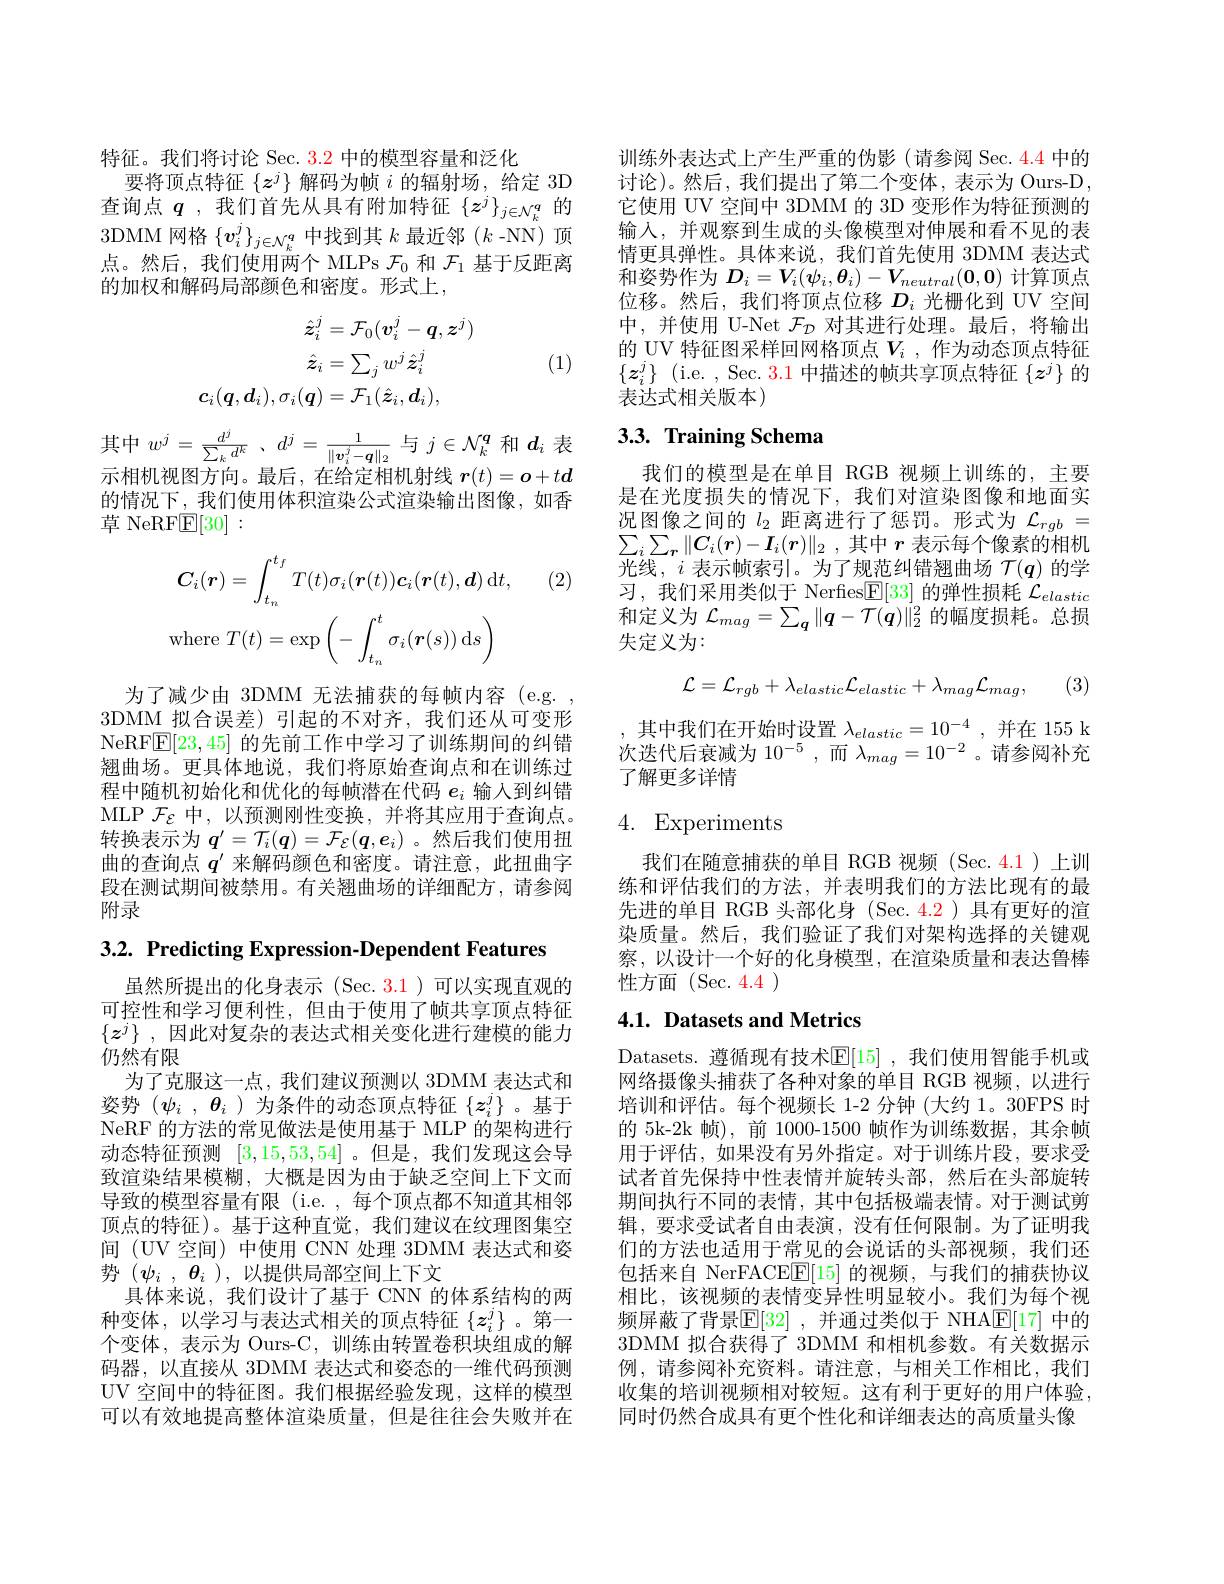
特征。我们将讨论 Sec. 3.2 中的模型容量和泛化
要将顶点特征$\{z^j\}$解码为帧$i$的辐射场，给定 3D 查询点$q$ ,我们首先从具有附加特征$\{z^j\}_{j\in\mathcal{N}_k^q}$的3DMM 网格$\{\boldsymbol v_i^j\}_{j\in\mathcal{N}_k^q}$中找到其$k$最近邻($k$ -NN)顶点。然后，我们使用两个 MLPs $\mathcal{F}_0$和$\mathcal{F}_1$基于反距离的加权和解码局部颜色和密度。形式上，
$$\hat{\boldsymbol{z}}_{i}^{j}=\mathcal{F}_{0}(\boldsymbol{v}_{i}^{j}-\boldsymbol{q},\boldsymbol{z}^{j})\\\hat{\boldsymbol{z}}_{i}=\sum_{j}w^{j}\hat{\boldsymbol{z}}_{i}^{j}\\c_{i}(\boldsymbol{q},\boldsymbol{d}_{i}),\sigma_{i}(\boldsymbol{q})=\mathcal{F}_{1}(\hat{\boldsymbol{z}}_{i},\boldsymbol{d}_{i}),$$
(1)

示相机视图方向。最后，在给定相机射线$\boldsymbol{r}(t)=\boldsymbol{o}+t\boldsymbol{d}$

的情况下，我们使用体积渲染公式渲染输出图像，如香
草 NeRF$\mathbb{E}[30]:$

(2)
$$\boldsymbol C_i(\boldsymbol r)=\int_{t_n}^{t_f}T(t)\sigma_i(\boldsymbol r(t))\boldsymbol c_i(\boldsymbol r(t),\boldsymbol d)\:\mathrm dt,$$
$$\mathrm{where}\:T(t)=\exp\left(-\int_{t_n}^t\sigma_i(\boldsymbol{r}(s))\:\mathrm{d}s\right)$$
为了减少由 3DMM 无法捕获的每帧内容 (e.g. 3DMM 拟合误差)引起的不对齐，我们还从可变形NeRF$\mathbb{E}[23,45]$的先前工作中学习了训练期间的纠错翘曲场。更具体地说，我们将原始查询点和在训练过程中随机初始化和优化的每帧潜在代码$e_i$输入到纠错MLP $\mathcal{F}_{\mathcal{E}}$中，以预测刚性变换，并将其应用于查询点。转换表示为$q^\prime=\mathcal{T}_i(\boldsymbol{q})=\mathcal{F}_{\mathcal{E}}(\boldsymbol{q},\boldsymbol{e}_i)$ 。然后我们使用扭曲的查询点$q^{\prime}$来解码颜色和密度。请注意，此扭曲字段在测试期间被禁用。有关翘曲场的详细配方，请参阅附录

3.2. Predicting Expression-Dependent Features

虽然所提出的化身表示(Sec.3.1)可以实现直观的可控性和学习便利性，但由于使用了帧共享顶点特征$\{z^j\}$ ,因此对复杂的表达式相关变化进行建模的能力仍然有限
为了克服这一点，我们建议预测以 3DMM 表达式和姿势($\psi _i$ , $\theta _i$ )为条件的动态顶点特征$\{z_i^j\}$ 。基于NeRF 的方法的常见做法是使用基于 MLP 的架构进行动态特征预测[3,15,53,54] 。但是，我们发现这会导致渲染结果模糊，大概是因为由于缺乏空间上下文而导致的模型容量有限 (i.e. , 每个顶点都不知道其相邻顶点的特征)。基于这种直觉，我们建议在纹理图集空间 (UV 空间) 中使用 CNN 处理 3DMM 表达式和姿势$( \psi _i$ , $\theta _i$ ),以提供局部空间上下文
具体来说，我们设计了基于 CNN 的体系结构的两种变体，以学习与表达式相关的顶点特征$\{z_i^j\}$。第一个变体，表示为 Ours-C, 训练由转置卷积块组成的解码器，以直接从 3DMM 表达式和姿态的一维代码预测UV 空间中的特征图。我们根据经验发现，这样的模型可以有效地提高整体渲染质量，但是往往会失败并在

训练外表达式上产生严重的伪影 (请参阅 Sec. 4.4 中的讨论)。然后，我们提出了第二个变体，表示为 Ours-D, 它使用 UV 空间中 3DMM 的 3D 变形作为特征预测的输入，并观察到生成的头像模型对伸展和看不见的表情更具弹性。具体来说，我们首先使用 3DMM 表达式和姿势作为$D_i=V_i(\psi_i,\boldsymbol{\theta}_i)-V_{neutral}(\mathbf{0},\mathbf{0})$计算顶点位移。然后，我们将顶点位移$D_i$光栅化到 UV 空间中，并使用 U-Net $\mathcal{F}_\mathcal{D}$对其进行处理。最后，将输出的 UV 特征图采样回网格顶点$V_i$ ,作为动态顶点特征$\{z_i^j\}$ (i.e. , Sec. 3.1 中描述的帧共享顶点特征$\{z^j\}$的表达式相关版本)

# 其中$w^j=\frac{d^j}{\sum_kd^k}$、$d^j=\frac1{\|\boldsymbol{v}_i^j-\boldsymbol{q}\|_2}$与$j\in\mathcal{N}_k^q$ 和$d_i$ 表 3.3. Training Schema 示相机视图方向 是后 在岭宁胡机射线 $x(t)=o+td$ 我们的模型是在单目

我们的模型是在单目 RGB 视频上训练的，主要是在光度损失的情况下，我们对渲染图像和地面实况图像之间的$l_2$距离进行了惩罚。形式为$\mathcal{L}_rgb=$ $\sum _i\sum _r\| C_i( r) - \boldsymbol{I}_i( \boldsymbol{r}) \| _2$ ,其中$r$表示每个像素的相机光线，$i$表示帧索引。为了规范纠错翘曲场$\mathcal{T}(q)$的学习，我们采用类似于 Nerfies$\mathbb{E}[33]$的弹性损耗$\mathcal{L}_elastic$ 和定义为$\mathcal{L}_mag=\sum_{\boldsymbol{q}}\|\boldsymbol{q}-\mathcal{T}(\boldsymbol{q})\|_{2}^{2}$的幅度损耗。总损失定义为：

(3)
$$\mathcal{L}=\mathcal{L}_{rgb}+\lambda_{elastic}\mathcal{L}_{elastic}+\lambda_{mag}\mathcal{L}_{mag},$$
,其中我们在开始时设置$\lambda_elastic=10^{-4}$,并在 155 k 次迭代后衰减为$10^{-5}$,而$\lambda_mag=10^{-2}$ 。请参阅补充了解更多详情

# 4. Experiments

我们在随意捕获的单目 RGB 视频(Sec.4.1)上训练和评估我们的方法，并表明我们的方法比现有的最先进的单目 RGB 头部化身 (Sec. 4.2) 具有更好的渲染质量。然后，我们验证了我们对架构选择的关键观察，以设计一个好的化身模型，在渲染质量和表达鲁棒性方面(Sec.4.4)

## 4.1. Datasets and Metrics

Datasets. 遵循现有技术$\mathbb{E}[15]$ ,我们使用智能手机或网络摄像头捕获了各种对象的单目 RGB 视频，以进行培训和评估。每个视频长 1-2 分钟 (大约 1。30FPS 时的 5k-2k 帧),前 1000-1500 帧作为训练数据，其余帧用于评估，如果没有另外指定。对于训练片段，要求受试者首先保持中性表情并旋转头部，然后在头部旋转期间执行不同的表情，其中包括极端表情。对于测试剪辑，要求受试者自由表演，没有任何限制。为了证明我们的方法也适用于常见的会说话的头部视频，我们还包括来自 NerFACEE[15] 的视频，与我们的捕获协议相比，该视频的表情变异性明显较小。我们为每个视频屏蔽了背景$\mathbb{E}[32]$ ,并通过类似于 NHA$\mathbb{E}[17]$ 中的3DMM 拟合获得了 3DMM 和相机参数。有关数据示例，请参阅补充资料。请注意，与相关工作相比，我们收集的培训视频相对较短。这有利于更好的用户体验， 同时仍然合成具有更个性化和详细表达的高质量头像